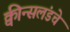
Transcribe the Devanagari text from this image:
क्वीन्सलंडचे